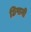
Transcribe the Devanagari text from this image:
छिपानी